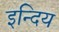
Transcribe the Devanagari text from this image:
इन्दिय